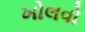
ખોલવો